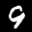
Label: 9